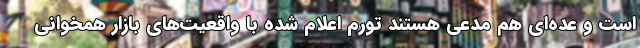
است و عده‌ای هم مدعی هستند تورم اعلام شده با واقعیت‌های بازار همخوانی